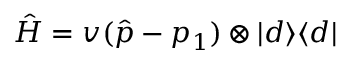
\hat { H } = v ( \hat { p } - p _ { 1 } ) \otimes \vert d \rangle \langle d \vert